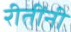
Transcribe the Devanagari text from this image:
रीतींनी